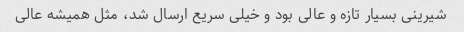
شیرینی بسیار تازه و عالی بود و خیلی سریع ارسال شد، مثل همیشه عالی